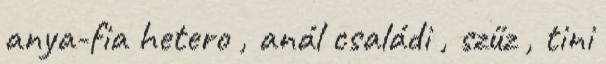
anya-fia hetero , anál családi , szűz , tini